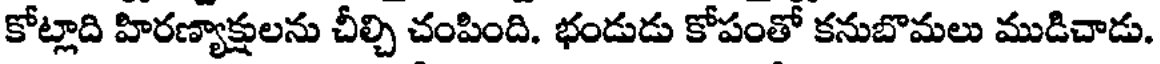
కోట్లాది హిరణ్యాక్షులను చీల్చి చంపింది. భండుడు కోపంతో కనుబొమలు ముడిచాడు.